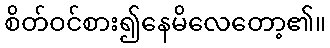
စိတ်ဝင်စား၍နေမိလေတော့၏။